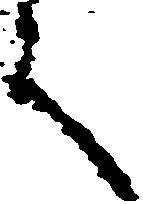
言